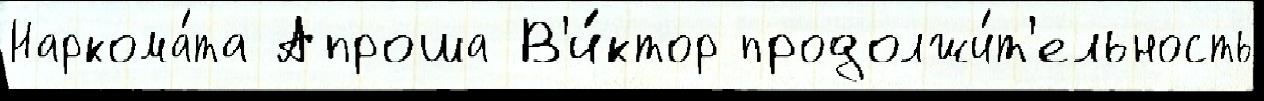
Наркома́та Апроша В'и́ктор продолжи́т'ельность